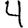
Digit: 4